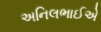
અનિલભાઈએ